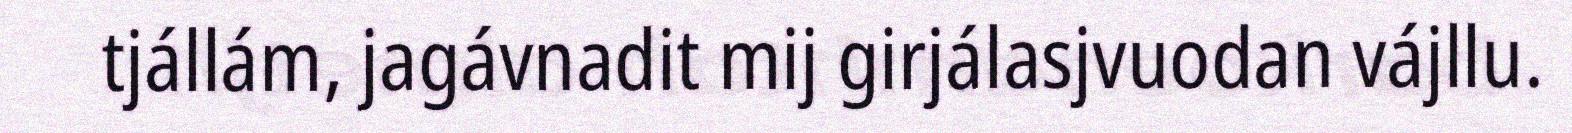
tjállám, jagávnadit mij girjálasjvuodan vájllu.